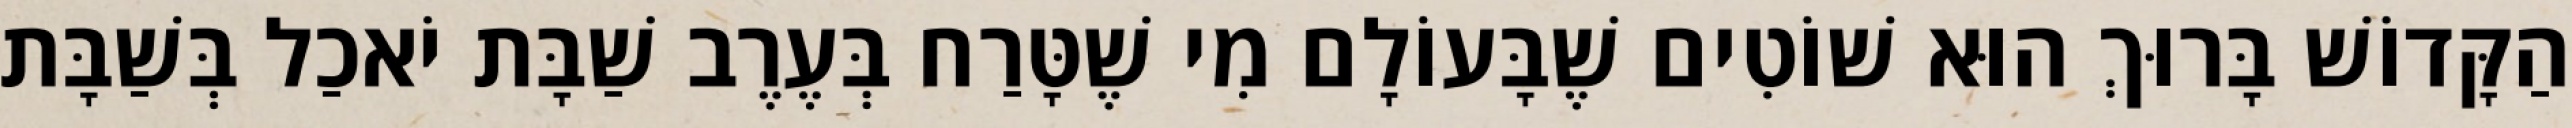
הַקָּדוֹשׁ בָּרוּךְ הוּא שׁוֹטִים שֶׁבָּעוֹלָם מִי שֶׁטָּרַח בְּעֶרֶב שַׁבָּת יֹאכַל בְּשַׁבָּת